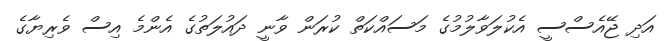
އަދި ޖޭއެސްސީ އެކުލަވާލުމުގެ މަސައްކަތް ކުރަން ވާނީ ދައުލަތުގެ އެންމެ އިސް ވެރިޔާގެ